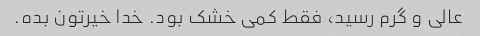
عالی و گرم رسید، فقط کمی خشک بود. خدا خیرتون بده.